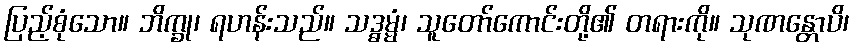
ပြည့်စုံသော။ ဘိက္ခု၊ ရဟန်းသည်။ သဒ္ဓမ္မံ၊ သူတော်ကောင်းတို့၏ တရားကို။ သုဏန္တောပိ၊